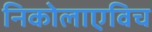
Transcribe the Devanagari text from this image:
निकोलाएविच